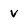
Character: v